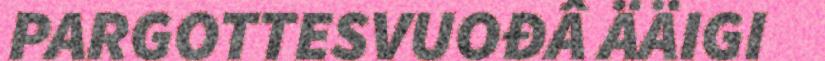
PARGOTTESVUOĐÂ ÄÄIGI